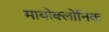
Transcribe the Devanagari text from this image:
मायोक्लोनिक